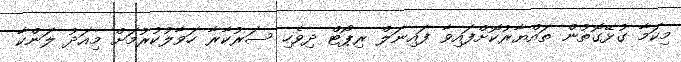
މިކަމާ ގުޅޭގޮތުން ތައްޔާރުކޮށްފައިވާ ފައިނަލް ރިޕޯޓް ދިވެހި ސަރުކާރާ ހަވާލުކުރުމަށް މިއަދު ލަންކާ